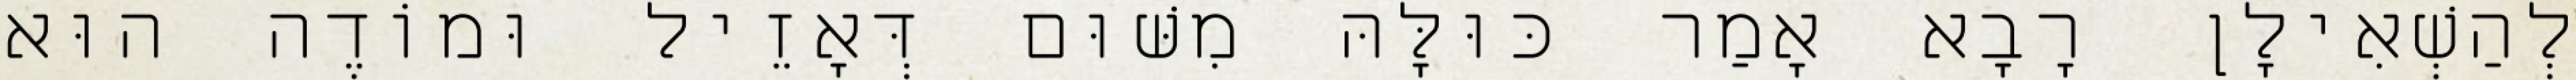
לְהַשְׁאִילָן רָבָא אָמַר כּוּלָּהּ מִשּׁוּם דְּאָזֵיל וּמוֹדֶה הוּא